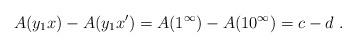
LaTeX: \begin{align*}A(y_1x) - A(y_1x') = A(1^\infty) - A(10^\infty) = c - d \ .\end{align*}